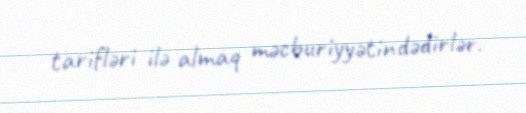
tarifləri ilə almaq məcburiyyətindədirlər.